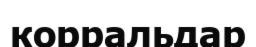
корральдар